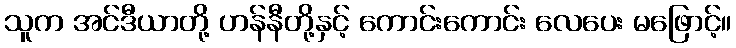
သူက အင်ဒီယာတို့ ဟန်နီတို့နှင့် ကောင်းကောင်း လေပေး မဖြောင့်။